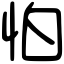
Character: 怕